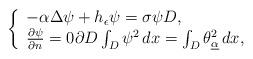
LaTeX: \begin{align*}\left\{\begin{array}{ll}-\alpha {\Delta} \psi + h_\epsilon \psi = \sigma \psi D,\\\frac{\partial\psi}{\partial n} = 0 \partial D \int_D \psi^2\,dx = \int_D \theta^2_{\underline\alpha}\,dx,\end{array}\right.\end{align*}